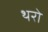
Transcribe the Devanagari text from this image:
थरो